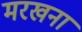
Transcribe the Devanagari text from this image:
मरखना